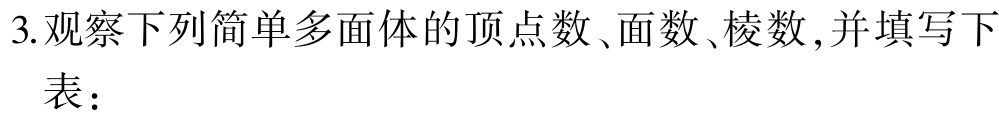
3.观察下列简单多面体的顶点数、面数、棱数,并填写下

表：